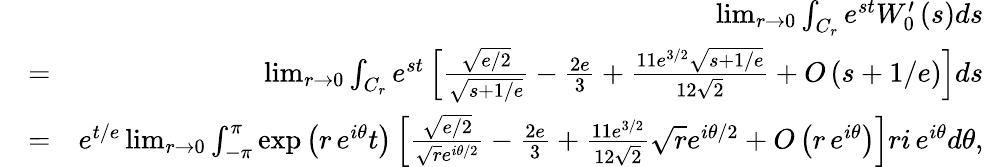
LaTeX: \begin{array}{rlr}&{}&{\operatorname*{lim}_{r\rightarrow 0}\int_{C_{r}}e^{st}W_{0}^{\prime}\left(s\right)ds}\\ &{=}&{\operatorname*{lim}_{r\rightarrow 0}\int_{C_{r}}e^{st}\left[\frac{\sqrt{e/2}}{\sqrt{s+1/e}}-\frac{2e}{3}+\frac{11e^{3/2}\sqrt{s+1/e}}{12\sqrt{2}}+O\left(s+1/e\right)\right]ds}\\ &{=}&{e^{t/e}\operatorname*{lim}_{r\rightarrow 0}\int_{-\pi}^{\pi}\exp\left(r\, e^{i\theta}t\right)\left[\frac{\sqrt{e/2}}{\sqrt{r}e^{i\theta/2}}-\frac{2e}{3}+\frac{11e^{3/2}}{12\sqrt{2}}\sqrt{r}e^{i\theta/2}+O\left(r\, e^{i\theta}\right)\right]ri\, e^{i\theta}d\theta,}\end{array}